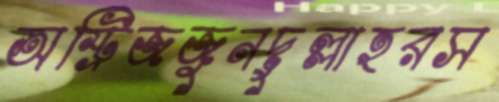
অস্ট্রিজজুনদুল্লাহরস